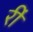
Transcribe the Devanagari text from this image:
रीं